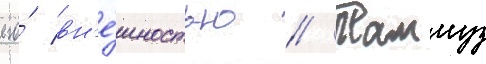
его́ вн'е́шностью // Таммуз